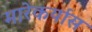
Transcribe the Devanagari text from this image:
मारेकर्यास